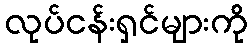
လုပ်ငန်းရှင်များကို